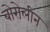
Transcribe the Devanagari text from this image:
बोरोलीन